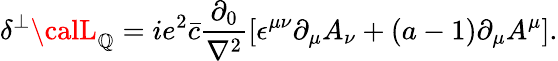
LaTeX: \delta^{\perp}{\calL}_{\mathbb{Q}}=ie^{2}\bar{{c}}\frac{{\partial_{0}}}{{\nabla^{2}}}\left[\epsilon^{\mu\nu}\partial_{\mu}A_{\nu}+(a-1)\partial_{\mu}A^{\mu}\right].